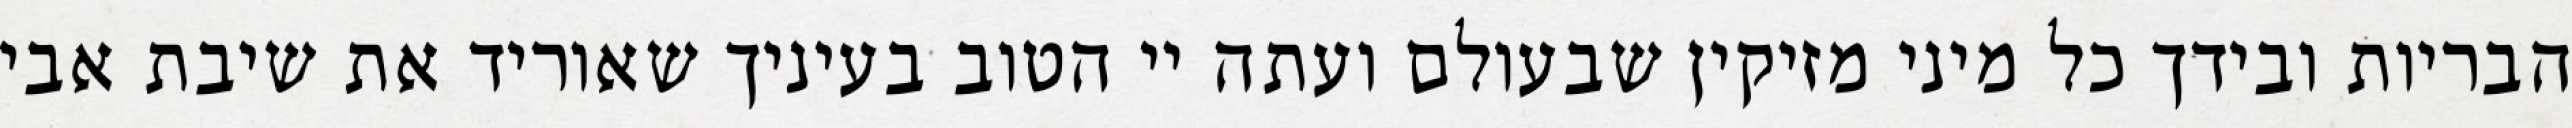
הבריות ובידך כל מיני מזיקין שבעולם ועתה יי הטוב בעיניך שאוריד את שיבת אבי